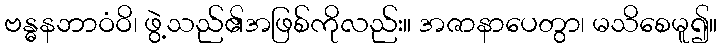
ဗန္ဓနဘာဝံဝိ၊ ဖွဲ့သည်၏အဖြစ်ကိုလည်း။ အဇာနာပေတွာ၊ မသိစေမူ၍။